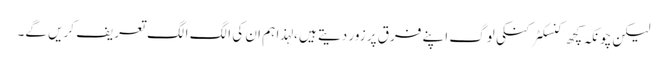
لیکن چونکہ کچھ کنسکٹر کنکی لوگ اپنے فرق پر زور دیتے ہیں ، لہذا ہم ان کی الگ الگ تعریف کریں گے۔